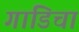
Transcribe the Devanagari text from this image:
गाडिचा